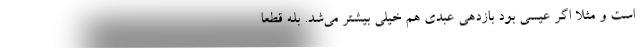
است و مثلاً اگر عیسی بود بازدهی عبدی هم خیلی بیشتر می‌شد. بله قطعاً